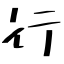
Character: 行